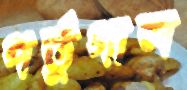
পর্তুগাল